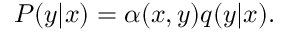
\begin{array} { r } { P ( y | x ) = \alpha ( x , y ) q ( y | x ) . } \end{array}